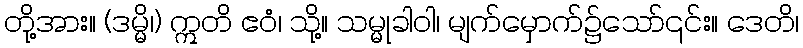
တို့အား။ (ဒမ္မိ၊) ဣတိ ဧဝံ၊ သို့။ သမ္မုခါဝါ၊ မျက်မှောက်၌သော်၎င်း။ ဒေတိ၊